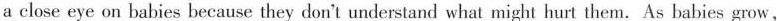
a close eye on babies because they don't understand what might hurt them. As babies grow,